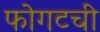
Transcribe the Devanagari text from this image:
फोगटची